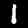
Label: 1